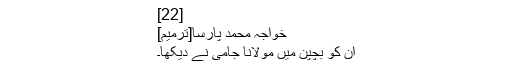
[22]
خواجہ محمد پارسا[ترمیم]
اِن کو بچپن میں مولانا جامی نے دیکھا۔